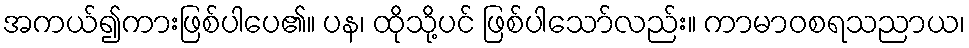
အကယ်၍ကားဖြစ်ပါပေ၏။ ပန၊ ထိုသို့ပင် ဖြစ်ပါသော်လည်း။ ကာမာဝစရသညာယ၊